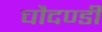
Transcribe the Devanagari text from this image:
चौदण्डी